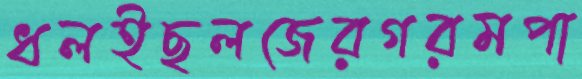
ধলইছলজেরগরমপা